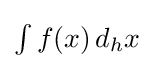
{\textstyle \int f(x)\,d_{h}x}